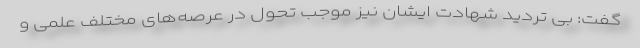
گفت: بی تردید شهادت ایشان نیز موجب تحول در عرصه‌های مختلف علمی و